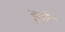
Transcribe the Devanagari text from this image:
हुजै